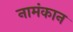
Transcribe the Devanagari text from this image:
नामंकान